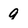
Character: 9